Annual vaccination report of Bihar and Orissa - 1911-1928
Year: 1911
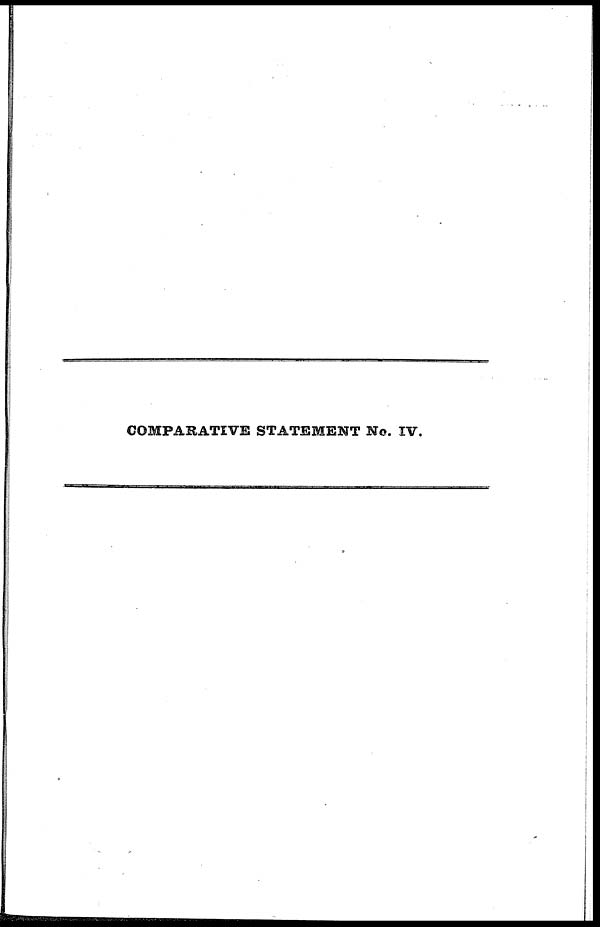
COMPARATIVE STATEMENT No. IV.